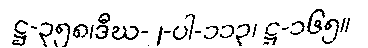
ဋ္ဌ-၃၅၈၊ဒီဃ-၂-ပါ-၁၁၃၊ ဋ္ဌ-၁၆၅။